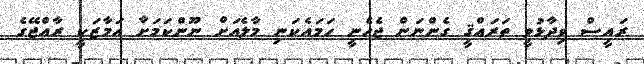
ރައީސް ވިދާޅުވީ ތަރައްޤީ ގެންނަން ޖެހެނީ ހަމައެކަނި މާލެއަށް ނޫންކަމަށާ އަމާޒަކީ ރާއްޖޭގެ